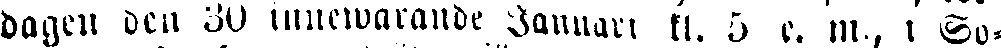
dagem dem 30 innewarande Januari kl. 5 e. m.; i So-